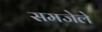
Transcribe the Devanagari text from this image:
समजेले